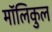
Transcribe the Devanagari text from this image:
मॉलिकुल